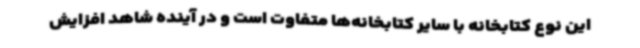
این نوع کتابخانه با سایر کتابخانه‌ها متفاوت است و در آینده شاهد افزایش